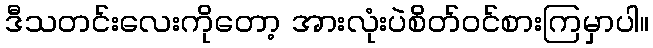
ဒီသတင်းလေးကိုတော့ အားလုံးပဲစိတ်ဝင်စားကြမှာပါ။